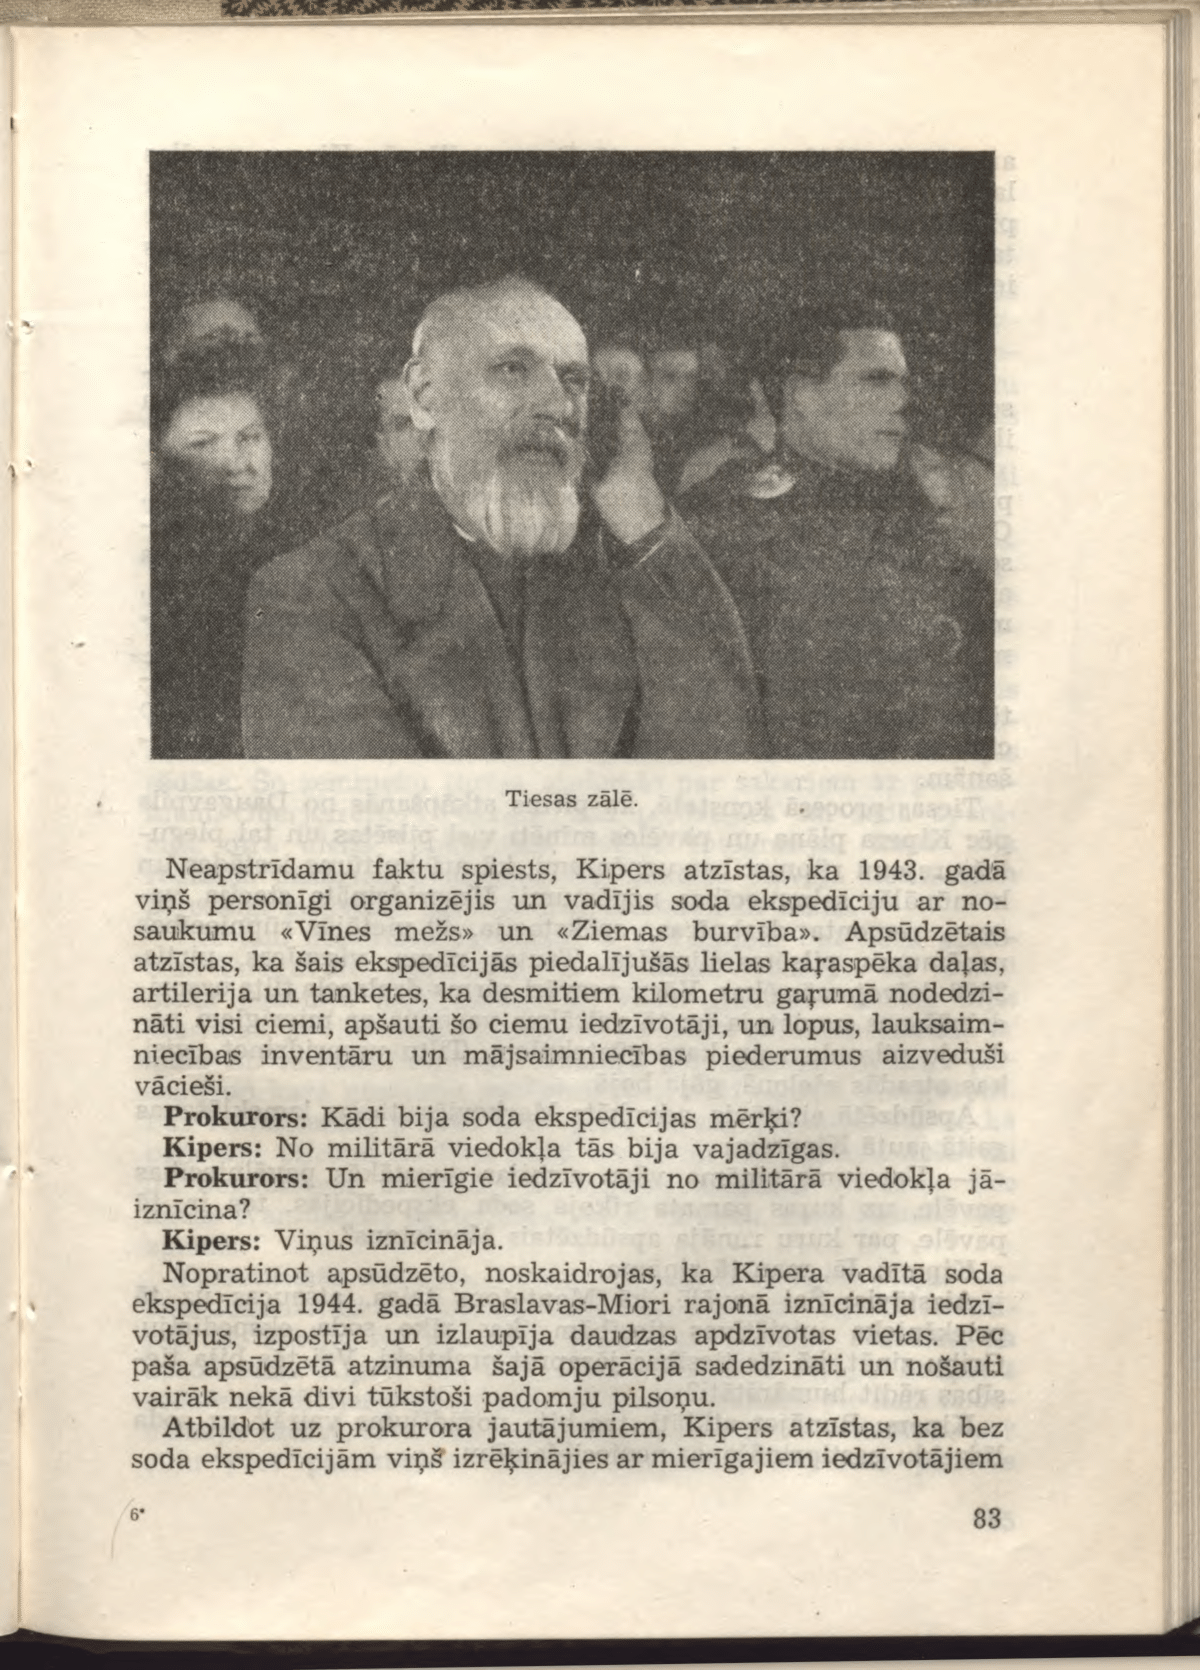
Language: lv